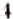
4